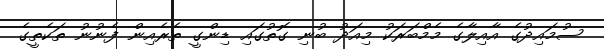
ސުމައިދުގެ އާއިލާގެ މެމްބަރަކު މިއަދު ބުނި ގޮތުގައި ޑިންގީ ތެރެއިން ފެނުނު ތަކެތީގެ